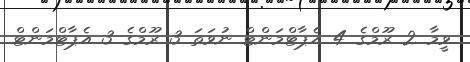
ވީމާ 2 ރޫމްގެ 4 އެޕާޓްމަންޓް ނުވަތަ 3 ރޫމްގެ 3 އެޕާޓްމަންޓް